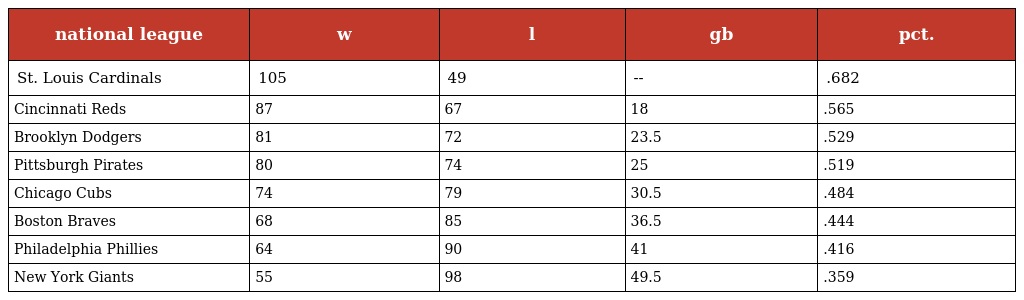
| national league | w | l | gb | pct. |
 | --- | --- | --- | --- | --- |
 | St. Louis Cardinals | 105 | 49 | -- | .682 |
 | Cincinnati Reds | 87 | 67 | 18 | .565 |
 | Brooklyn Dodgers | 81 | 72 | 23.5 | .529 |
 | Pittsburgh Pirates | 80 | 74 | 25 | .519 |
 | Chicago Cubs | 74 | 79 | 30.5 | .484 |
 | Boston Braves | 68 | 85 | 36.5 | .444 |
 | Philadelphia Phillies | 64 | 90 | 41 | .416 |
 | New York Giants | 55 | 98 | 49.5 | .359 |